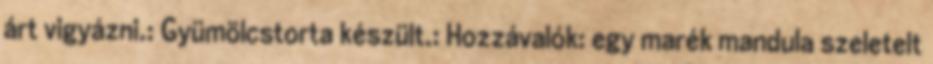
árt vigyázni.: Gyümölcstorta készült.: Hozzávalók: egy marék mandula szeletelt